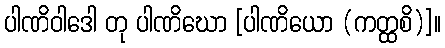
ပါဏိဝါဒေါ တု ပါဏိဃော [ပါဏိယော (ကတ္ထစိ)]။